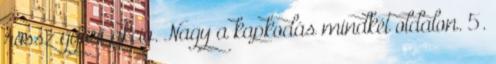
rossz győri akció. Nagy a kapkodás mindkét oldalon. 5.